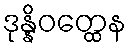
ဒုန္နိဝတ္ထေန